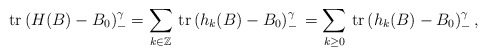
\begin{align*} \mathrm{tr} \, (H(B)-B_0)_-^\gamma = \sum_{k\in\mathbb{Z}}\, \mathrm{tr} \, (h_k(B)-B_0)_-^\gamma\, = \sum_{k\geq 0}\, \mathrm{tr} \, (h_k(B)-B_0)_-^\gamma\, ,\end{align*}